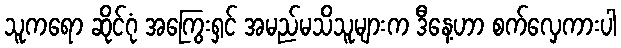
သူကရော ဆိုင်ဂုံ အကြွေးရှင် အမည်မသိသူများက ဒီနေ့ဟာ စက်လှေကားပါ